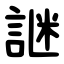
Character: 䛧